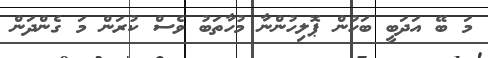
މަ ބޭ އަދަބީ ބަހުން ޕޮލިހުންނާ މުހާތަބު ވެސް ކުރަން މަ ގެންދަން